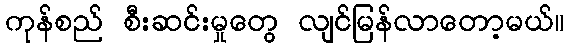
ကုန်စည် စီးဆင်းမှုတွေ လျင်မြန်လာတော့မယ်။